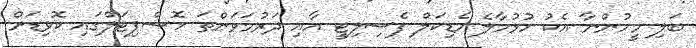
ބަލި މީހުންނާ އެކު ހުޅުމާލެ މެޑިކަލް ފެސިލިޓީ އާއި ދަރުމަވަންތަ ހޮސްޕިޓަލްގައި ކޮވިޑަށް